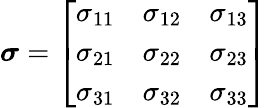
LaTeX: {\boldsymbol{\sigma}}=\left[{\begin{array}{lll}{\sigma_{11}}&{\sigma_{12}}&{\sigma_{13}}\\ {\sigma_{21}}&{\sigma_{22}}&{\sigma_{23}}\\ {\sigma_{31}}&{\sigma_{32}}&{\sigma_{33}}\end{array}}\right]